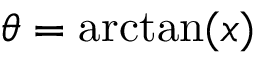
\theta = \arctan ( x )